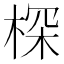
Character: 棎